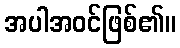
အပါအဝင်ဖြစ်၏။